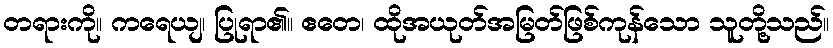
တရားကို။ ကရေယျ၊ ပြုရာ၏။ ဧတေ၊ ထိုအယုတ်အမြတ်ဖြစ်ကုန်သော သူတို့သည်။